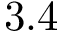
3 . 4